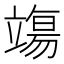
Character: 𫁬